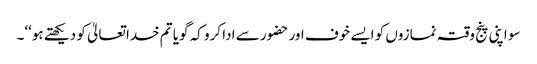
سو اپنی پنج وقتہ نمازوں کو ایسے خوف اور حضور سے ادا کرو کہ گویا تم خدا تعالیٰ کو دیکھتے ہو‘‘۔